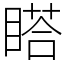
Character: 𥉌